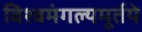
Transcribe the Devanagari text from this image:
विश्वमंगल्यमूर्तये